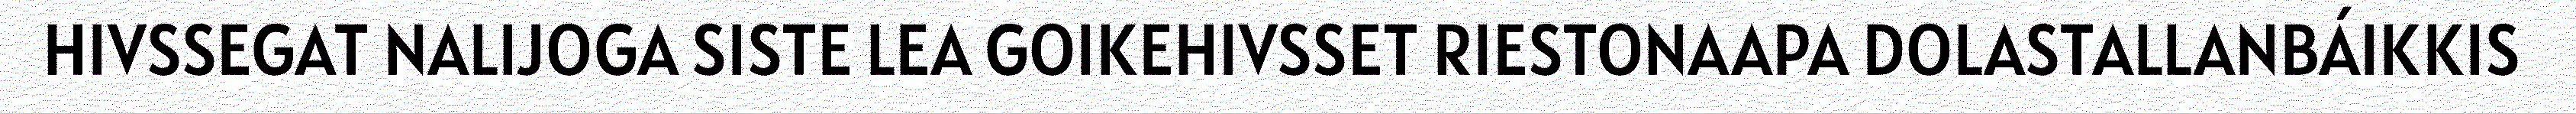
HIVSSEGAT NALIJOGA SISTE LEA GOIKEHIVSSET RIESTONAAPA DOLASTALLANBÁIKKIS